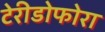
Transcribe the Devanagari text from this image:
टेरीडोफोरा